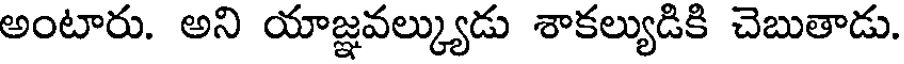
అంటారు. అని యాజ్ఞవల్క్యుడు శాకల్యుడికి చెబుతాడు.